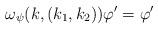
LaTeX: \begin{align*} \omega_{\psi}(k, (k_1, k_2)) \varphi' = \varphi'\end{align*}